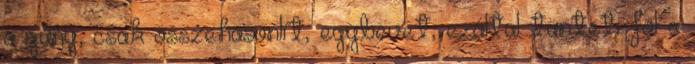
a gúny, csak összehasonlít, egybevet, ezáltal tünteti föl a